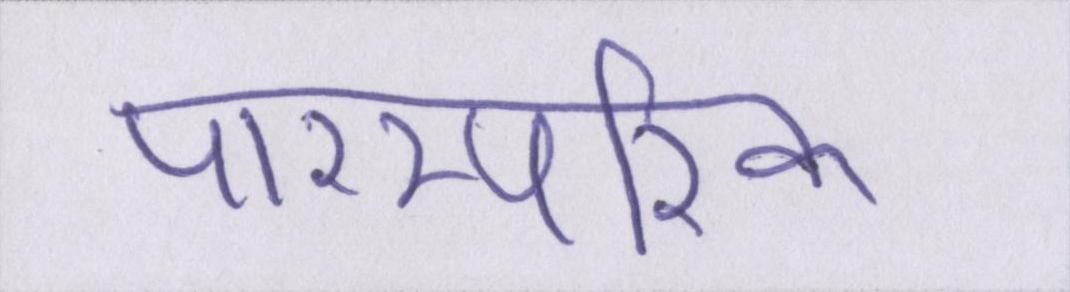
पारम्परिक